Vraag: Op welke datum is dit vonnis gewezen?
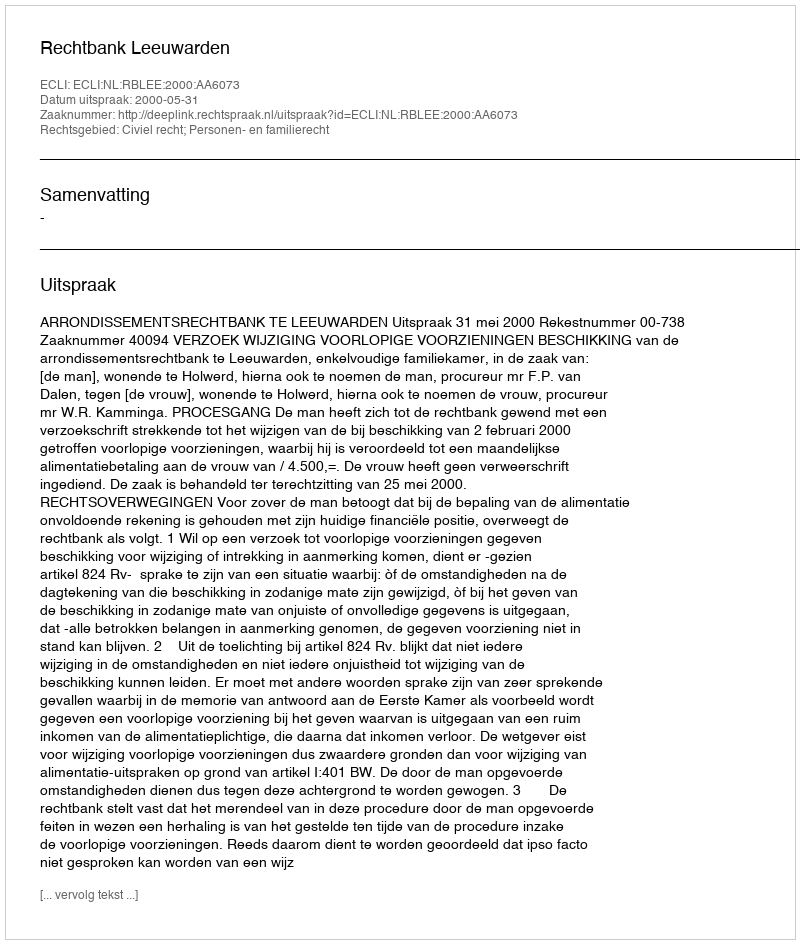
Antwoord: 2000-05-31